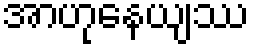
အာဟုနေယျဿ